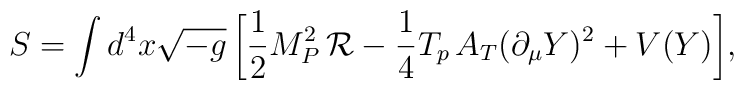
S= \int{d^4x\sqrt{-g} \left[ \frac{1}{2}M_{P}^2\, \mathcal{R} -\frac{1}{4}T_p \,A_T (\partial_\mu Y)^2 + V(Y)\right]},